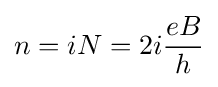
n=iN=2i{\frac {eB}{h}}